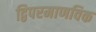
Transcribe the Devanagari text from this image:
द्विपरमाणविक